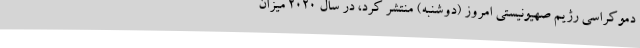
دموکراسی رژیم صهیونیستی امروز (دوشنبه) منتشر کرد، در سال 2020 میزان